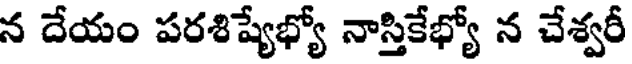
న దేయం పరశిష్యేభ్యో నాస్తికేభ్యో న చేశ్వరీ